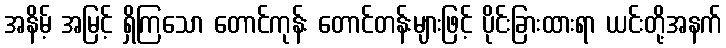
အနိမ့် အမြင့် ရှိကြသော တောင်ကုန်း တောင်တန်းများဖြင့် ပိုင်းခြားထားရာ ယင်းတို့အနက်